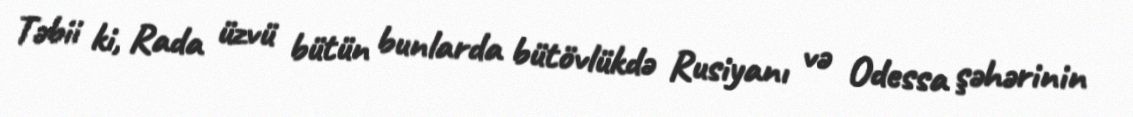
Təbii ki, Rada üzvü bütün bunlarda bütövlükdə Rusiyanı və Odessa şəhərinin